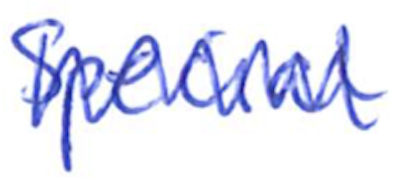
Text: Special
Cross-out: mix
Writing tool: ballpoint